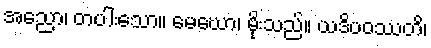
အညော၊ တပါးသော။ မေဃော၊ မိုးသည်။ ယဒိပဝဿတိ၊